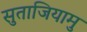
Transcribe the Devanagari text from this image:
सुताजियामु